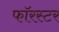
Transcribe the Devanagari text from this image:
फॉरस्टर